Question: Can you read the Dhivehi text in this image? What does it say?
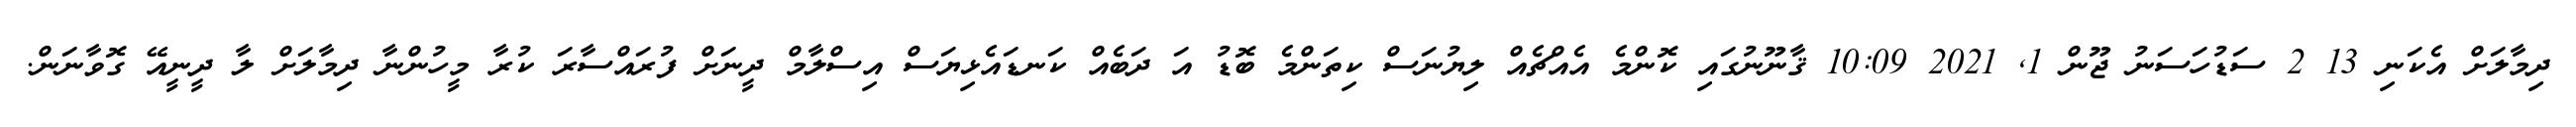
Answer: ދިމާލަށް އެކަނި 13 2 ސަޑުހަސަނު ޖޫން 1, 2021 10:09 ޤާނޫނުގައި ކޮންމެ އެއްޗެއް ލިޔުނަސް ކިތަންމެ ބޮޑު އަ ދަބެއް ކަނޑައެޅިޔަސް އިސްލާމް ދީނަށް ފުރައްސާރަ ކުރާ މީހުންނާ ދިމާލަށް ލާ ދީނީއޭ ގޮވާނަން.